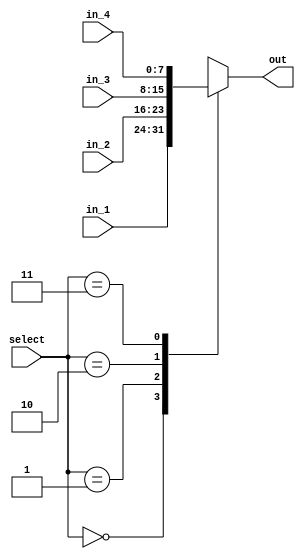
module Mux4 (
    input [1:0] select,
    input [7:0] in_1,
    input [7:0] in_2,
    input [7:0] in_3,
    input [7:0] in_4,
    output reg [7:0] out
);
    always @(*) begin
        case (select)
            2'b00: out = in_1;
            2'b01: out = in_2;
            2'b10: out = in_3;
            2'b11: out = in_4;
        endcase
    end
endmodule